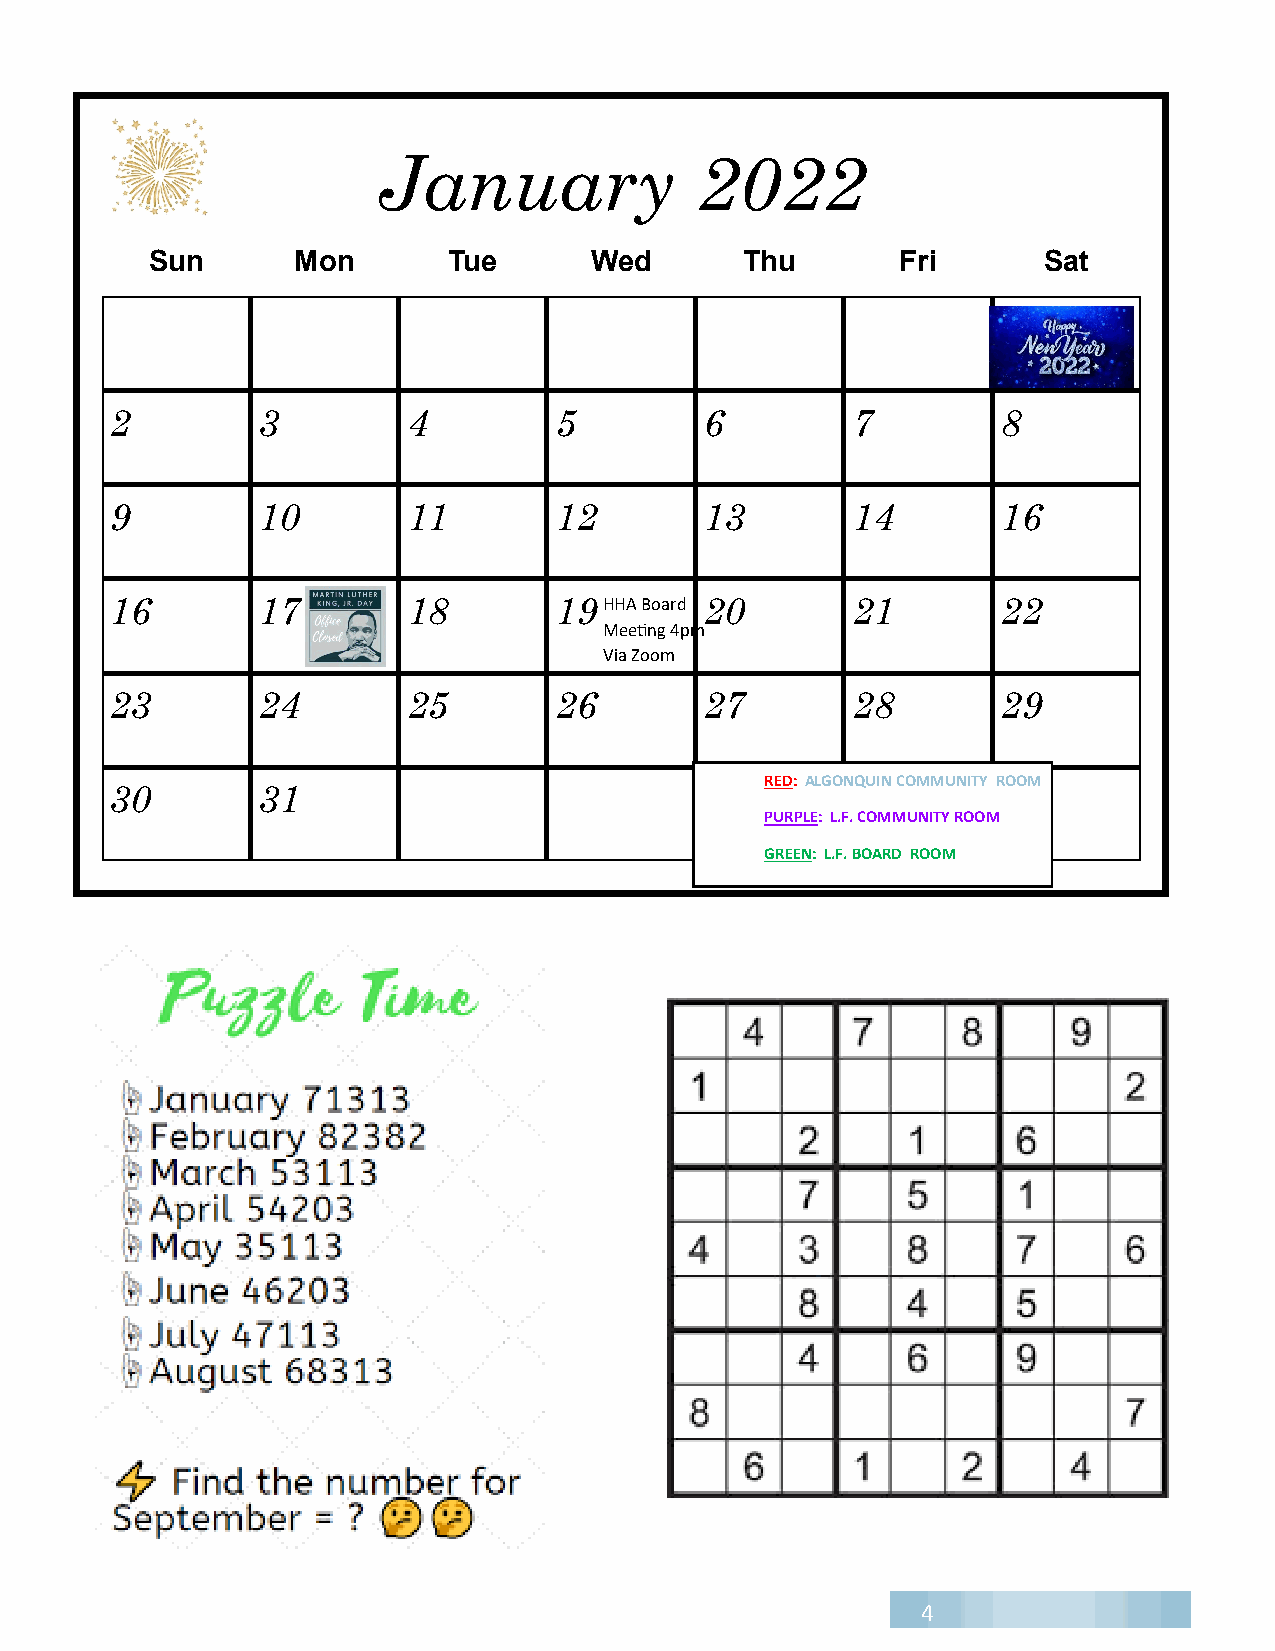
January              2022
 Sun      Mon        Tue      Wed       Thu        Fri      Sat
 1
 2         3         4         5         6        7         8
 9         10        11        12        13       14        16
 16        17        18        19 HHA Board 20    21        22
 Meeting 4pm
 Via Zoom
 23        24        25        26        27       28        29
 RED: ALGONQUIN COMMUNITY ROOM
 30        31
 PURPLE: L.F. COMMUNITY ROOM
 GREEN: L.F. BOARD ROOM
 4